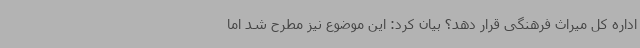
اداره کل میراث فرهنگی قرار دهد؟ بیان کرد: این موضوع نیز مطرح شد اما